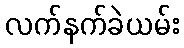
လက်နက်ခဲယမ်း